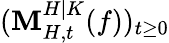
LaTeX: (\mathbf{M}_{H,t}^{H|K}(f))_{t\geq0}